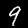
Digit: 9